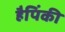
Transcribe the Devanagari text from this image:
हैपिंकी